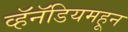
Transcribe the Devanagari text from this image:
व्हॅनॅडियमहून